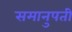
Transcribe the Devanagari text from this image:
समानुपती